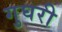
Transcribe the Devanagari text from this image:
गुघरी